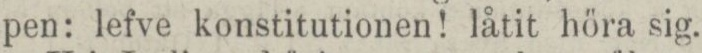
pen: lefve konstitutionen! låtit höra sig.